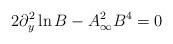
LaTeX: \begin{align*}2 \partial_y^2 \ln B - A_\infty^2 B^4 = 0\end{align*}